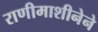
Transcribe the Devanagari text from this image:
राणीमाशीनेने